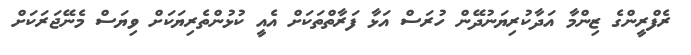
ރެފްރީންގެ ޒިންމާ އަދާކުރިޔަނުދޭން ހުރަސް އަޅާ ފަރާތްތަކަށް އެއީ ކުޅުންތެރިޔަކަށް ވިޔަސް މެނޭޖަރަކަށް